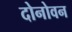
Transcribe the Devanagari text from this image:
दोनोवन